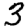
Digit: 3